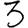
Digit: 3